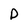
Character: D